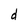
Character: d